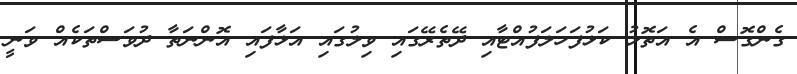
ގެންގޮސް އެ އަތޮޅު ކަޅުފަހަލަފުއްޓާއި ދޭތެރޭގައި ވިލުގައި އަޅާފައި އޮންނަތާ ދުވަސްތަކެއް ވަނީ